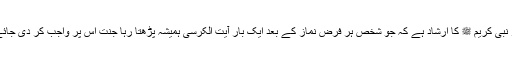
حضور نبی کریم ﷺ کا ارشاد ہے کہ جو شخص ہر فرض نماز کے بعد ایک بار آیت الکرسی ہمیشہ پڑھتا رہا جنت اس پر واجب کر دی جائے گی ۔